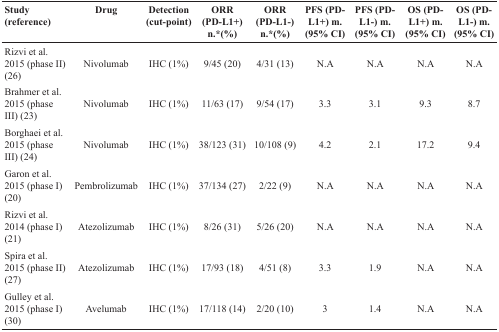
| Study (reference) | Drug | Detection (cut-point) | ORR (PD-L1+) n.*(%) | ORR (PD-L1-) n.*(%) | PFS (PD-L1+) m. (95% CI) | PFS (PD-L1-) m. (95% CI) | OS (PD-L1+) m. (95% CI) | OS (PD-L1-) m. (95% CI) |
 | --- | --- | --- | --- | --- | --- | --- | --- | --- |
 | Rizvi et al. 2015 (phase II) (26) | Nivolumab | IHC (1%) | 9/45 (20) | 4/31 (13) | N.A | N.A | N.A | N.A |
 | Brahmer et al. 2015 (phase III) (23) | Nivolumab | IHC (1%) | 11/63 (17) | 9/54 (17) | 3.3 | 3.1 | 9.3 | 8.7 |
 | Borghaei et al. 2015 (phase III) (24) | Nivolumab | IHC (1%) | 38/123 (31) | 10/108 (9) | 4.2 | 2.1 | 17.2 | 9.4 |
 | Garon et al. 2015 (phase I) (20) | Pembrolizumab | IHC (1%) | 37/134 (27) | 2/22 (9) | N.A | N.A | N.A | N.A |
 | Rizvi et al. 2014 (phase I) (21) | Atezolizumab | IHC (1%) | 8/26 (31) | 5/26 (20) | N.A | N.A | N.A | N.A |
 | Spira et al. 2015 (phase II) (27) | Atezolizumab | IHC (1%) | 17/93 (18) | 4/51 (8) | 3.3 | 1.9 | N.A | N.A |
 | Gulley et al. 2015 (phase I) (30) | Avelumab | IHC (1%) | 17/118 (14) | 2/20 (10) | 3 | 1.4 | N.A | N.A |